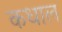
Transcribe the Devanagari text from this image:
कधाल